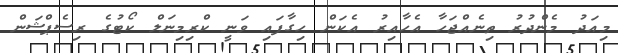
މިއަދު މެންދުރު ތިނެއްޖަހާ އެހާއިރު އެކަން ހިގާފައި ވަނީ ކްރިމިނަލް ކޯޓުގެ ރިސެޕްޝަން